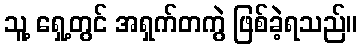
သူ့ ရှေ့တွင် အရှက်တကွဲ ဖြစ်ခဲ့ရသည်။